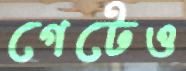
গেটেও